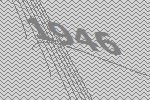
1946